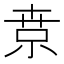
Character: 𡮃